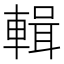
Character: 輯